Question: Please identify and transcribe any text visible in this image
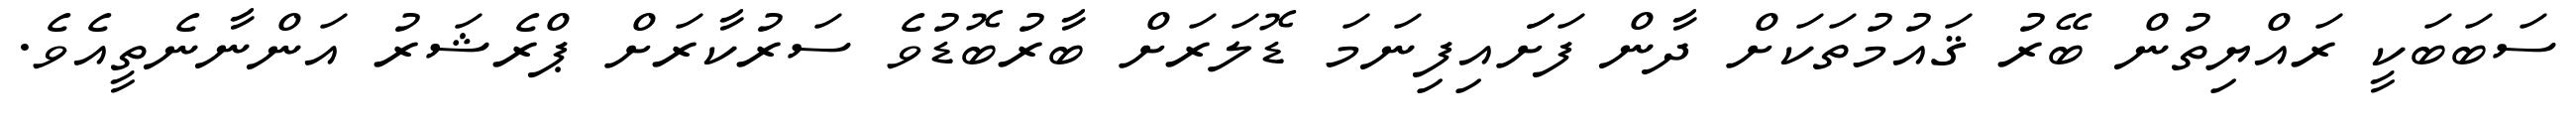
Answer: ސަބަބަކީ ރައްޔިތުން ބޭރު ޤައުމުތަކަށް ދާން ފަށަައިފިނަމަ ޑޮލަރަށް ބާރުބޮޑުވެ ސަރުކާރަށް ޕްރެޝަރު އަންނާނެތީއެވެ.